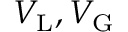
V _ { \mathrm { L } } , V _ { \mathrm { G } }